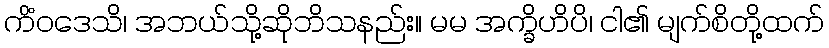
ကိံဝဒေသိ၊ အဘယ်သို့ဆိုဘိသနည်း။ မမ အက္ခိဟိပိ၊ ငါ၏ မျက်စိတို့ထက်